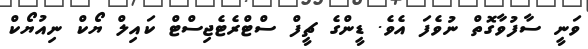
ވަނީ ސާފުވާގޮތް ނުވެފަ އެވެ. ޑީންގެ ޗީފް ސްޓްރެޓެޖިސްޓް ކައިލް ޔޯކް ނިއުޔޯކް